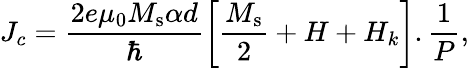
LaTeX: J_{c}=\frac{2e\mu_{0}M_{\mathrm{s}}\alpha d}{\hbar}\left[\frac{M_{\mathrm{s}}}{2}+H+H_{k}\right].\frac{1}{P},